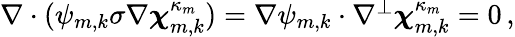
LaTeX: \begin{array}{r}{\nabla\cdot(\psi_{m,k}\sigma\nabla{\boldsymbol{\chi}}_{m,k}^{\kappa_{m}})=\nabla\psi_{m,k}\cdot\nabla^{\perp}{\boldsymbol{\chi}}_{m,k}^{\kappa_{m}}=0\, ,}\end{array}